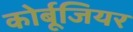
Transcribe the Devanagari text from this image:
कोर्बूजियर